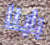
بابنا